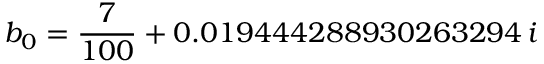
b _ { 0 } = \frac { 7 } { 1 0 0 } + 0 . 0 1 9 4 4 4 2 8 8 9 3 0 2 6 3 2 9 4 \, i